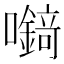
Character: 𡄘